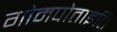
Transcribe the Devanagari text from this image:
गोमपोताइति